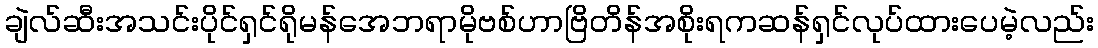
ချဲလ်ဆီးအသင်းပိုင်ရှင်ရိုမန်အေဘရာမိုဗစ်ဟာဗြိတိန်အစိုးရကဆန်ရှင်လုပ်ထားပေမဲ့လည်း